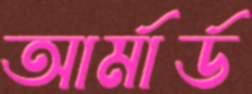
আর্মার্ড